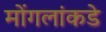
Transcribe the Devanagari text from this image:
मोंगलांकडे